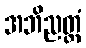
အဘိညတ္ထံ